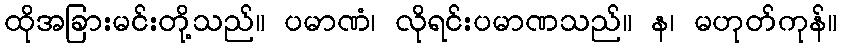
ထိုအခြားမင်းတို့သည်။ ပမာဏံ၊ လိုရင်းပမာဏသည်။ န၊ မဟုတ်ကုန်။